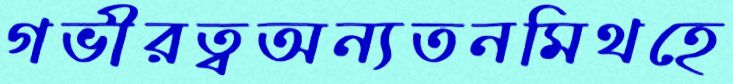
গভীরত্বঅন্যতনমিথহে